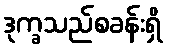
ဒုက္ခသည်စခန်းရှိ